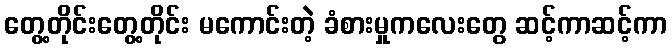
တွေ့တိုင်းတွေ့တိုင်း မကောင်းတဲ့ ခံစားမှုကလေးတွေ ဆင့်ကာဆင့်ကာ